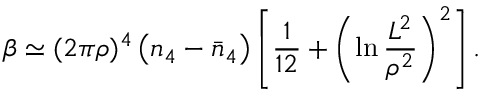
\beta \simeq ( 2 \pi \rho ) ^ { 4 } \left( n _ { 4 } - \bar { n } _ { 4 } \right) \left[ \frac { 1 } { 1 2 } + \left( \ln \frac { L ^ { 2 } } { \rho ^ { 2 } } \right) ^ { 2 } \right] .